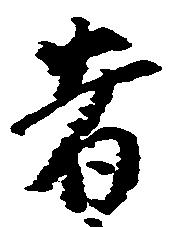
者